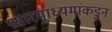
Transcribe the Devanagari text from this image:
प्रसारमाध्यमांकडुन